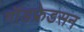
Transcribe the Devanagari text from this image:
गॉडफ्रेडसन